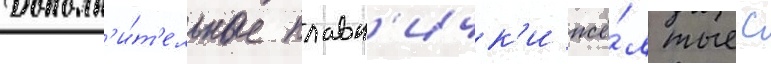
Дополн'и́т'ельные плавн'ичк'и жё́лтые с